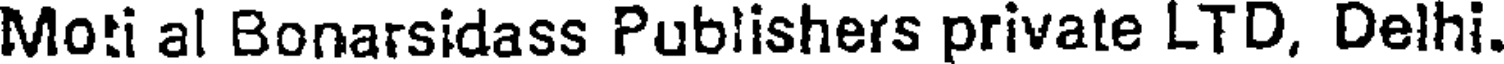
Moti al Bonarsidass Publishers private LTD, Delhi.